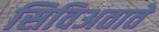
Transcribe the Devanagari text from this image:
सिविअताते